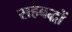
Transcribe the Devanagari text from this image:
सहबद्धों